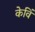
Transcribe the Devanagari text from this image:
केविं